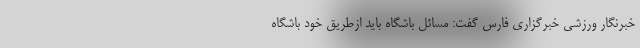
خبرنگار ورزشی خبرگزاری فارس گفت: مسائل باشگاه باید ازطریق خود باشگاه